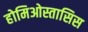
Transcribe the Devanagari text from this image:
होमिओस्तासिस